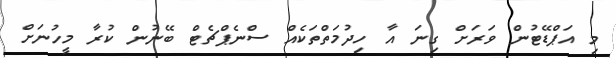
މި އަޕްޑޭޓުން ވަރަށް ގިނަ އާ ހިދުމަތްތަކެއް ސްނެޕްޗެޓް ބޭނުން ކުރާ މީހުނަށް